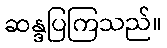
ဆန္ဒပြကြသည်။